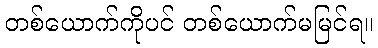
တစ်ယောက်ကိုပင် တစ်ယောက်မမြင်ရ။